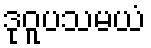
ဒုဝူပသမယံ